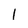
Character: 1